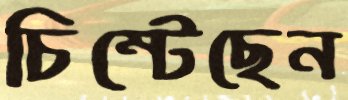
চিম্‌টেছেন